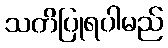
သတိပြုရပါမည်